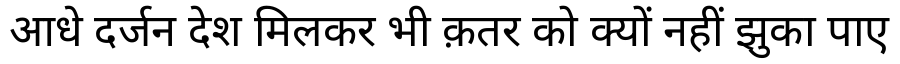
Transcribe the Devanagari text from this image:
आधे दर्जन देश मिलकर भी क़तर को क्यों नहीं झुका पाए